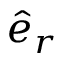
\hat { e } _ { r }